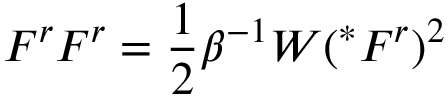
F ^ { r } F ^ { r } = \frac { 1 } { 2 } \beta ^ { - 1 } W ( ^ { * } F ^ { r } ) ^ { 2 }